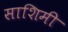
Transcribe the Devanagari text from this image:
साशिमी